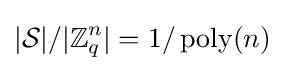
|{\mathcal {S}}|/|\mathbb {Z} _{q}^{n}|=1/\operatorname {poly} (n)